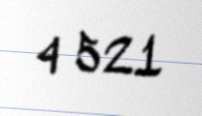
4 521